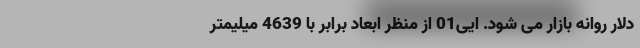
دلار روانه بازار می شود. ایی01 از منظر ابعاد برابر با 4639 میلیمتر